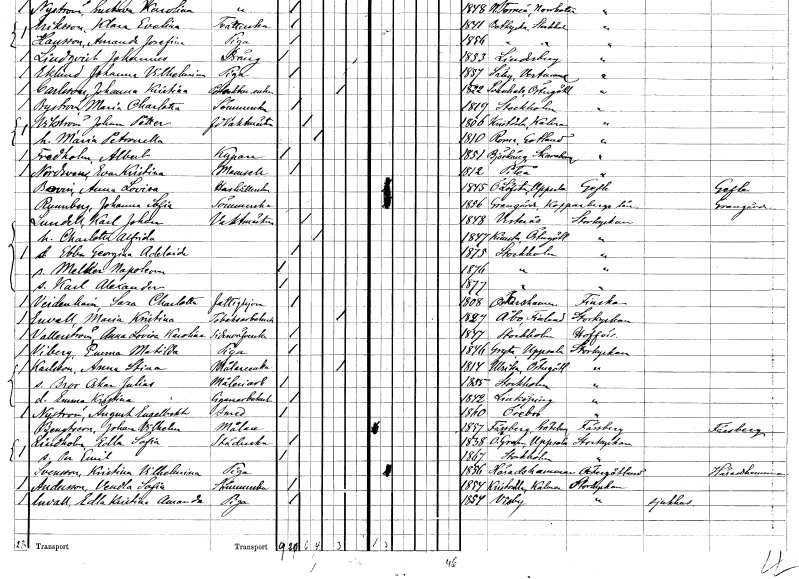
gt_parse: households: individuals: FN: Albert
EN: Fredholm
YRKE: Kypare
KON: M
CIV: O
FODAR: 1851
FODFORS: Björkäng Skaraborgs län
FN: Eva Kristina
EN: Nordsvan
KON: K
CIV: O
FODAR: 1812
FODFORS: Piteå Norrbottens län
FN: Anna Lovisa
EN: Bovin
YRKE: Hushållerska
KON: K
CIV: O
FODAR: 1845
FODFORS: Österlövsta Uppsala län
FN: Johanna Sofia
EN: Runnberg
YRKE: Sömmerska
KON: K
CIV: O
FODAR: 1856
FODFORS: Grangärde Kopparbergs län
FN: Karl Johan
EN: Lundell
YRKE: Vaktmästare
KON: M
CIV: G
FODAR: 1848
FODFORS: Västerås Västmanlands län
FN: Charlotta Alfrida
KON: K
CIV: G
FODAR: 1847
FODFORS: Kimstad Östergötlands län
FN: Ebba Georgina Adelaide
KON: K
CIV: O
FODAR: 1875
FODFORS: Stockholm
FN: Melker Napoleon
KON: M
CIV: O
FODAR: 1876
FODFORS: Stockholm
FN: Karl Alexander
KON: M
CIV: O
FODAR: 1877
FODFORS: Stockholm
FN: Sara Charlotta
EN: Veidenhain
YRKE: Fattighjon
KON: K
CIV: O
FODAR: 1808
FODFORS: Oskarshamn Kalmar län
FN: Maria Kristina
EN: Envall
YRKE: Tobaksarbeterska
KON: K
CIV: E
FODAR: 1827
FN: Anna Lovisa Karolina
EN: Vallerström
YRKE: Sidenväverska
KON: K
CIV: O
FODAR: 1847
FODFORS: Stockholm
FN: Emma Matilda
EN: Viberg
YRKE: Piga
KON: K
CIV: O
FODAR: 1846
FODFORS: Gryta Uppsala län
FN: Anna Stina
EN: Karlsson
YRKE: Målareänka
KON: K
CIV: E
FODAR: 1814
FODFORS: Ulrika Östergötlands län
FN: Bror Oskar Julius
YRKE: Måleriarbetare
KON: M
CIV: O
FODAR: 1855
FODFORS: Stockholm
FN: Emma Kristina
YRKE: Cigarrarbeterska
KON: K
CIV: O
FODAR: 1842
FODFORS: Linköping Östergötlands län
FN: August Engelbert
EN: Nyström
YRKE: Smed
KON: M
CIV: O
FODAR: 1860
FODFORS: Örebro Örebro län
FN: Johan Vilhelm
EN: Bengtsson
YRKE: Målare
KON: M
CIV: O
FODAR: 1857
FODFORS: Fässberg Göteborgs- och Bohuslän
FN: Edla Sofia
EN: Lindholm
YRKE: Städerska
KON: K
CIV: O
FODAR: 1838
FODFORS: Övergran Uppsala län
FN: Per Emil
KON: M
CIV: O
FODAR: 1867
FODFORS: Stockholm
FN: Kristina Vilhelmina
EN: Svensson
YRKE: Piga
KON: K
CIV: O
FODAR: 1856
FODFORS: Häradshammar Östergötlands län
FN: Vendla Sofia
EN: Andersson
YRKE: Sömmerska
KON: K
CIV: O
FODAR: 1854
FODFORS: Kristvalla Kalmar län
FN: Edla Kristina Amanda
EN: Envall
YRKE: Piga
KON: K
CIV: O
FODAR: 1854
FODFORS: Visby Gotlands län